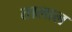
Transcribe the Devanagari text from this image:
तालाल